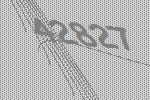
42827